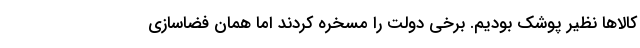
کالاها نظیر پوشک بودیم. برخی دولت را مسخره کردند اما همان فضاسازی